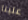
علينا